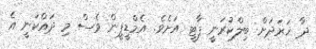
ދާ ޚަރަދަށް ބިލްކުރަނީ ޕާޓީ އަށެވެ. އެމްޑީޕީން ވެސް މި ދައްކަނީ އެ